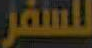
للسفر